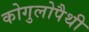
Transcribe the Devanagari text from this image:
कोगुलोपैथी